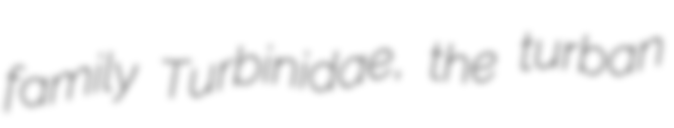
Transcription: family Turbinidae, the turban